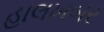
હાલખબર